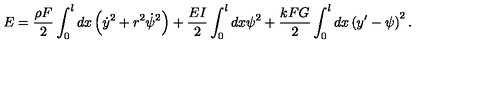
E = \frac { \rho F } { 2 } \int _ { 0 } ^ { l } d x \left( \dot { y } ^ { 2 } + r ^ { 2 } \dot { \psi } ^ { 2 } \right) + \frac { E I } { 2 } \int _ { 0 } ^ { l } d x \psi ^ { 2 } + \frac { k F G } { 2 } \int _ { 0 } ^ { l } d x \left( y ^ { \prime } - \psi \right) ^ { 2 } .